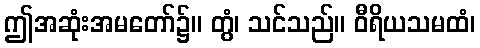
ဤအဆုံးအမတော်၌။ တွံ၊ သင်သည်။ ဝီရိယသမထံ၊